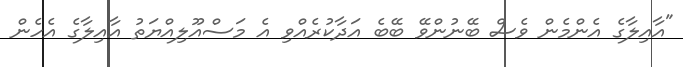
"އާއިލާގެ އެންމެން ވެސް ބޭނުންވޭ ބޭބެ އަދާކުރެއްވި އެ މަސްއޫލިއްޔަތު އާއިލާގެ އެހެން